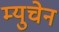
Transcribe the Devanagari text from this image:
म्युचेन